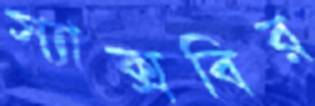
স্যাক্সবির